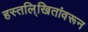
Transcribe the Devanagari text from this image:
हस्तलि्खितांवरून